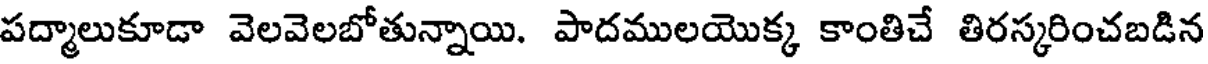
పద్మాలుకూడా వెలవెలబోతున్నాయి. పాదములయొక్క కాంతిచే తిరస్కరించబడిన